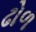
ઢોળ